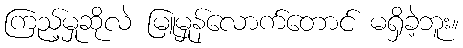
ကြည့်မှုဆိုလဲ မြူမှုန်လောက်တောင် မရှိခဲ့ဘူး။